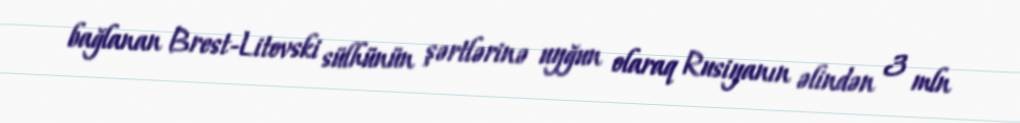
bağlanan Brest-Litovski sülhünün şərtlərinə uyğun olaraq Rusiyanın əlindən 3 mln